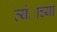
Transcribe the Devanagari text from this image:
त्यंाच्या